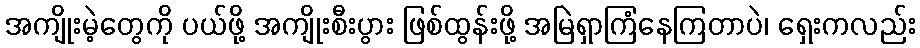
အကျိုးမဲ့တွေကို ပယ်ဖို့ အကျိုးစီးပွား ဖြစ်ထွန်းဖို့ အမြဲရှာကြံနေကြတာပဲ၊ ရှေးကလည်း